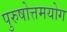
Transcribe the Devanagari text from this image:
पुरुषोत्तमयोग